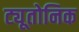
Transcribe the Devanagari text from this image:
ट्यूतोनिक